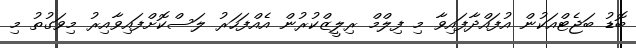
ބޮޑު ބަޖެޓްއަކުން އުފައްދާފައިވާ މި ފިލްމް ރިލީޒްކުރުން އެއްފަހަރު ލަސްކޮށްފައިވާއިރު މިވަގުތު މި